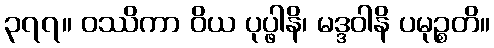
၃၇၇။ ဝဿိကာ ဝိယ ပုပ္ဖါနိ၊ မဒ္ဒဝါနိ ပမုဉ္စတိ။